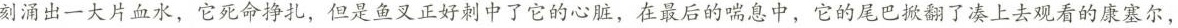
刻涌出一大片血水，它死命挣扎，但是鱼叉正好刺中了它的心脏，在最后的喘息中，它的尾巴掀翻了凑上去观看的康塞尔，